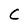
Character: C